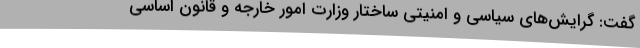
گفت: گرایش‌های سیاسی و امنیتی ساختار وزارت امور خارجه و قانون اساسی